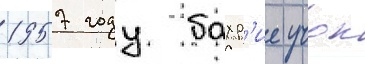
1957 году бахр'ие учок